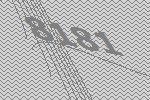
8181